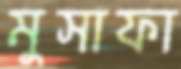
মুসাফা